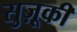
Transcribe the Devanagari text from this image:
सुज़ूकी